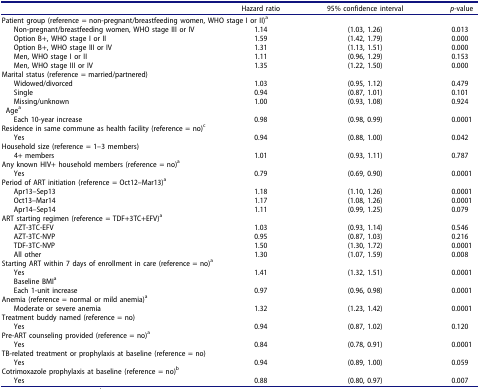
<table><thead><tr><td><b> </b></td><td><b>Hazard ratio</b></td><td><b>95% confidence interval</b></td><td><b><i>p</i>-value</b></td></tr></thead><tbody><tr><td colspan="3">Patient group (reference = non-pregnant/breastfeeding women, WHO stage I or II)<sup>a</sup></td><td> </td></tr><tr><td> Non-pregnant/breastfeeding women, WHO stage III or IV</td><td>1.14</td><td>(1.03, 1.26)</td><td>0.013</td></tr><tr><td> Option B+, WHO stage I or II</td><td>1.59</td><td>(1.42, 1.79)</td><td>0.000</td></tr><tr><td> Option B+, WHO stage III or IV</td><td>1.31</td><td>(1.13, 1.51)</td><td>0.000</td></tr><tr><td> Men, WHO stage I or II</td><td>1.11</td><td>(0.96, 1.29)</td><td>0.153</td></tr><tr><td> Men, WHO stage III or IV</td><td>1.35</td><td>(1.22, 1.50)</td><td>0.000</td></tr><tr><td colspan="3">Marital status (reference = married/partnered)</td><td> </td></tr><tr><td> Widowed/divorced</td><td>1.03</td><td>(0.95, 1.12)</td><td>0.479</td></tr><tr><td> Single</td><td>0.94</td><td>(0.87, 1.01)</td><td>0.101</td></tr><tr><td> Missing/unknown</td><td>1.00</td><td>(0.93, 1.08)</td><td>0.924</td></tr><tr><td>Age<sup>a</sup></td><td> </td><td> </td><td> </td></tr><tr><td> Each 10-year increase</td><td>0.98</td><td>(0.98, 0.99)</td><td>0.0001</td></tr><tr><td colspan="3">Residence in same commune as health facility (reference = no)<sup>c</sup></td><td> </td></tr><tr><td> Yes</td><td>0.94</td><td>(0.88, 1.00)</td><td>0.042</td></tr><tr><td colspan="3">Household size (reference = 1–3 members)</td><td> </td></tr><tr><td> 4+ members</td><td>1.01</td><td>(0.93, 1.11)</td><td>0.787</td></tr><tr><td colspan="3">Any known HIV+ household members (reference = no)<sup>a</sup></td><td> </td></tr><tr><td> Yes</td><td>0.79</td><td>(0.69, 0.90)</td><td>0.0001</td></tr><tr><td colspan="3">Period of ART initiation (reference = Oct12–Mar13)<sup>a</sup></td><td> </td></tr><tr><td> Apr13–Sep13</td><td>1.18</td><td>(1.10, 1.26)</td><td>0.0001</td></tr><tr><td> Oct13–Mar14</td><td>1.17</td><td>(1.08, 1.26)</td><td>0.0001</td></tr><tr><td> Apr14–Sep14</td><td>1.11</td><td>(0.99, 1.25)</td><td>0.079</td></tr><tr><td colspan="3">ART starting regimen (reference = TDF+3TC+EFV)<sup>a</sup></td><td> </td></tr><tr><td> AZT-3TC-EFV</td><td>1.03</td><td>(0.93, 1.14)</td><td>0.546</td></tr><tr><td> AZT-3TC-NVP</td><td>0.95</td><td>(0.87, 1.03)</td><td>0.216</td></tr><tr><td> TDF-3TC-NVP</td><td>1.50</td><td>(1.30, 1.72)</td><td>0.0001</td></tr><tr><td> All other</td><td>1.30</td><td>(1.07, 1.59)</td><td>0.008</td></tr><tr><td colspan="3">Starting ART within 7 days of enrollment in care (reference = no)<sup>a</sup></td><td> </td></tr><tr><td> Yes</td><td>1.41</td><td>(1.32, 1.51)</td><td>0.0001</td></tr><tr><td> Baseline BMI<sup>a</sup></td><td> </td><td> </td><td> </td></tr><tr><td> Each 1-unit increase</td><td>0.97</td><td>(0.96, 0.98)</td><td>0.0001</td></tr><tr><td colspan="3">Anemia (reference = normal or mild anemia)<sup>a</sup></td><td> </td></tr><tr><td> Moderate or severe anemia</td><td>1.32</td><td>(1.23, 1.42)</td><td>0.0001</td></tr><tr><td colspan="3">Treatment buddy named (reference = no)</td><td> </td></tr><tr><td> Yes</td><td>0.94</td><td>(0.87, 1.02)</td><td>0.120</td></tr><tr><td colspan="3">Pre-ART counseling provided (reference = no)<sup>a</sup></td><td> </td></tr><tr><td> Yes</td><td>0.84</td><td>(0.78, 0.91)</td><td>0.0001</td></tr><tr><td colspan="3">TB-related treatment or prophylaxis at baseline (reference = no)</td><td> </td></tr><tr><td> Yes</td><td>0.94</td><td>(0.89, 1.00)</td><td>0.059</td></tr><tr><td colspan="3">Cotrimoxazole prophylaxis at baseline (reference = no)<sup>b</sup></td><td> </td></tr><tr><td> Yes</td><td>0.88</td><td>(0.80, 0.97)</td><td>0.007</td></tr></tbody></table>